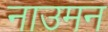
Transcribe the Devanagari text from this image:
नाउमन